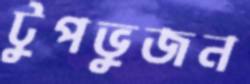
টুপভুজন